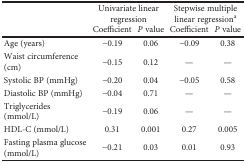
|  | <COLSPAN=2> Univariate linear regression | <COLSPAN=2> Stepwise multiple linear regressiona |
 |  | Coefficient | P value | Coefficient | P value |
 | --- | --- | --- | --- | --- |
 | Age (years) | −0.19 | 0.06 | −0.09 | 0.38 |
 | Waist circumference (cm) | −0.15 | 0.12 | — | — |
 | Systolic BP (mmHg) | −0.20 | 0.04 | −0.05 | 0.58 |
 | Diastolic BP (mmHg) | −0.04 | 0.71 | — | — |
 | Triglycerides (mmol/L) | −0.19 | 0.06 | — | — |
 | HDL-C (mmol/L) | 0.31 | 0.001 | 0.27 | 0.005 |
 | Fasting plasma glucose (mmol/L) | −0.21 | 0.03 | 0.01 | 0.93 |